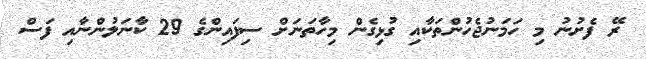
ރޭ ފެށުނު މި ހަމަނުޖެހުންތަކާއި ގުޅިގެން މިހާތަނަށް ސިފައިންގެ 29 ކާނަލުންނާއި ފަސް